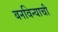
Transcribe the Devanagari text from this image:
बनविन्याची